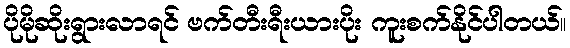
ပိုမိုဆိုးရွားလာရင် ဗက်တီးရီးယားပိုး ကူးစက်နိုင်ပါတယ်။